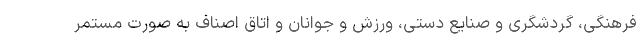
فرهنگی، گردشگری و صنایع دستی، ورزش و جوانان و اتاق اصناف به صورت مستمر